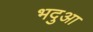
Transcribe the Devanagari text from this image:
भदुआ